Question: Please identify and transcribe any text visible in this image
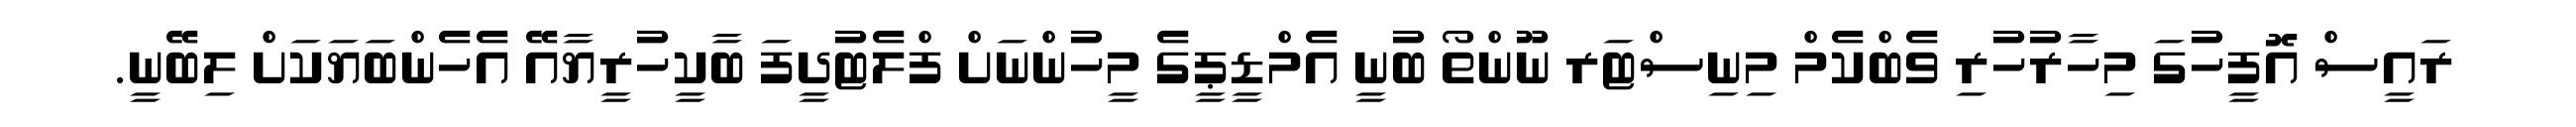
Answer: ރައީސް އޮފީހުގަ މިހާރުހުރި ވެބްކެމް މިނިސްޓަރ ނޫންތޯ ބުނީ އެމްޑީޕީގެ މީހުންނަށް ފްލެޓުދީފަ ބާކީހުރީޔާއޭ އެހެންބަޔަކަށް ލިބޭނީ.